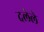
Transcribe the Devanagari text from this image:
दलेले